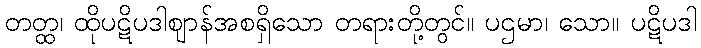
တတ္ထ၊ ထိုပဋိပဒါဈာန်အစရှိသော တရားတို့တွင်။ ပဌမာ၊ သော။ ပဋိပဒါ